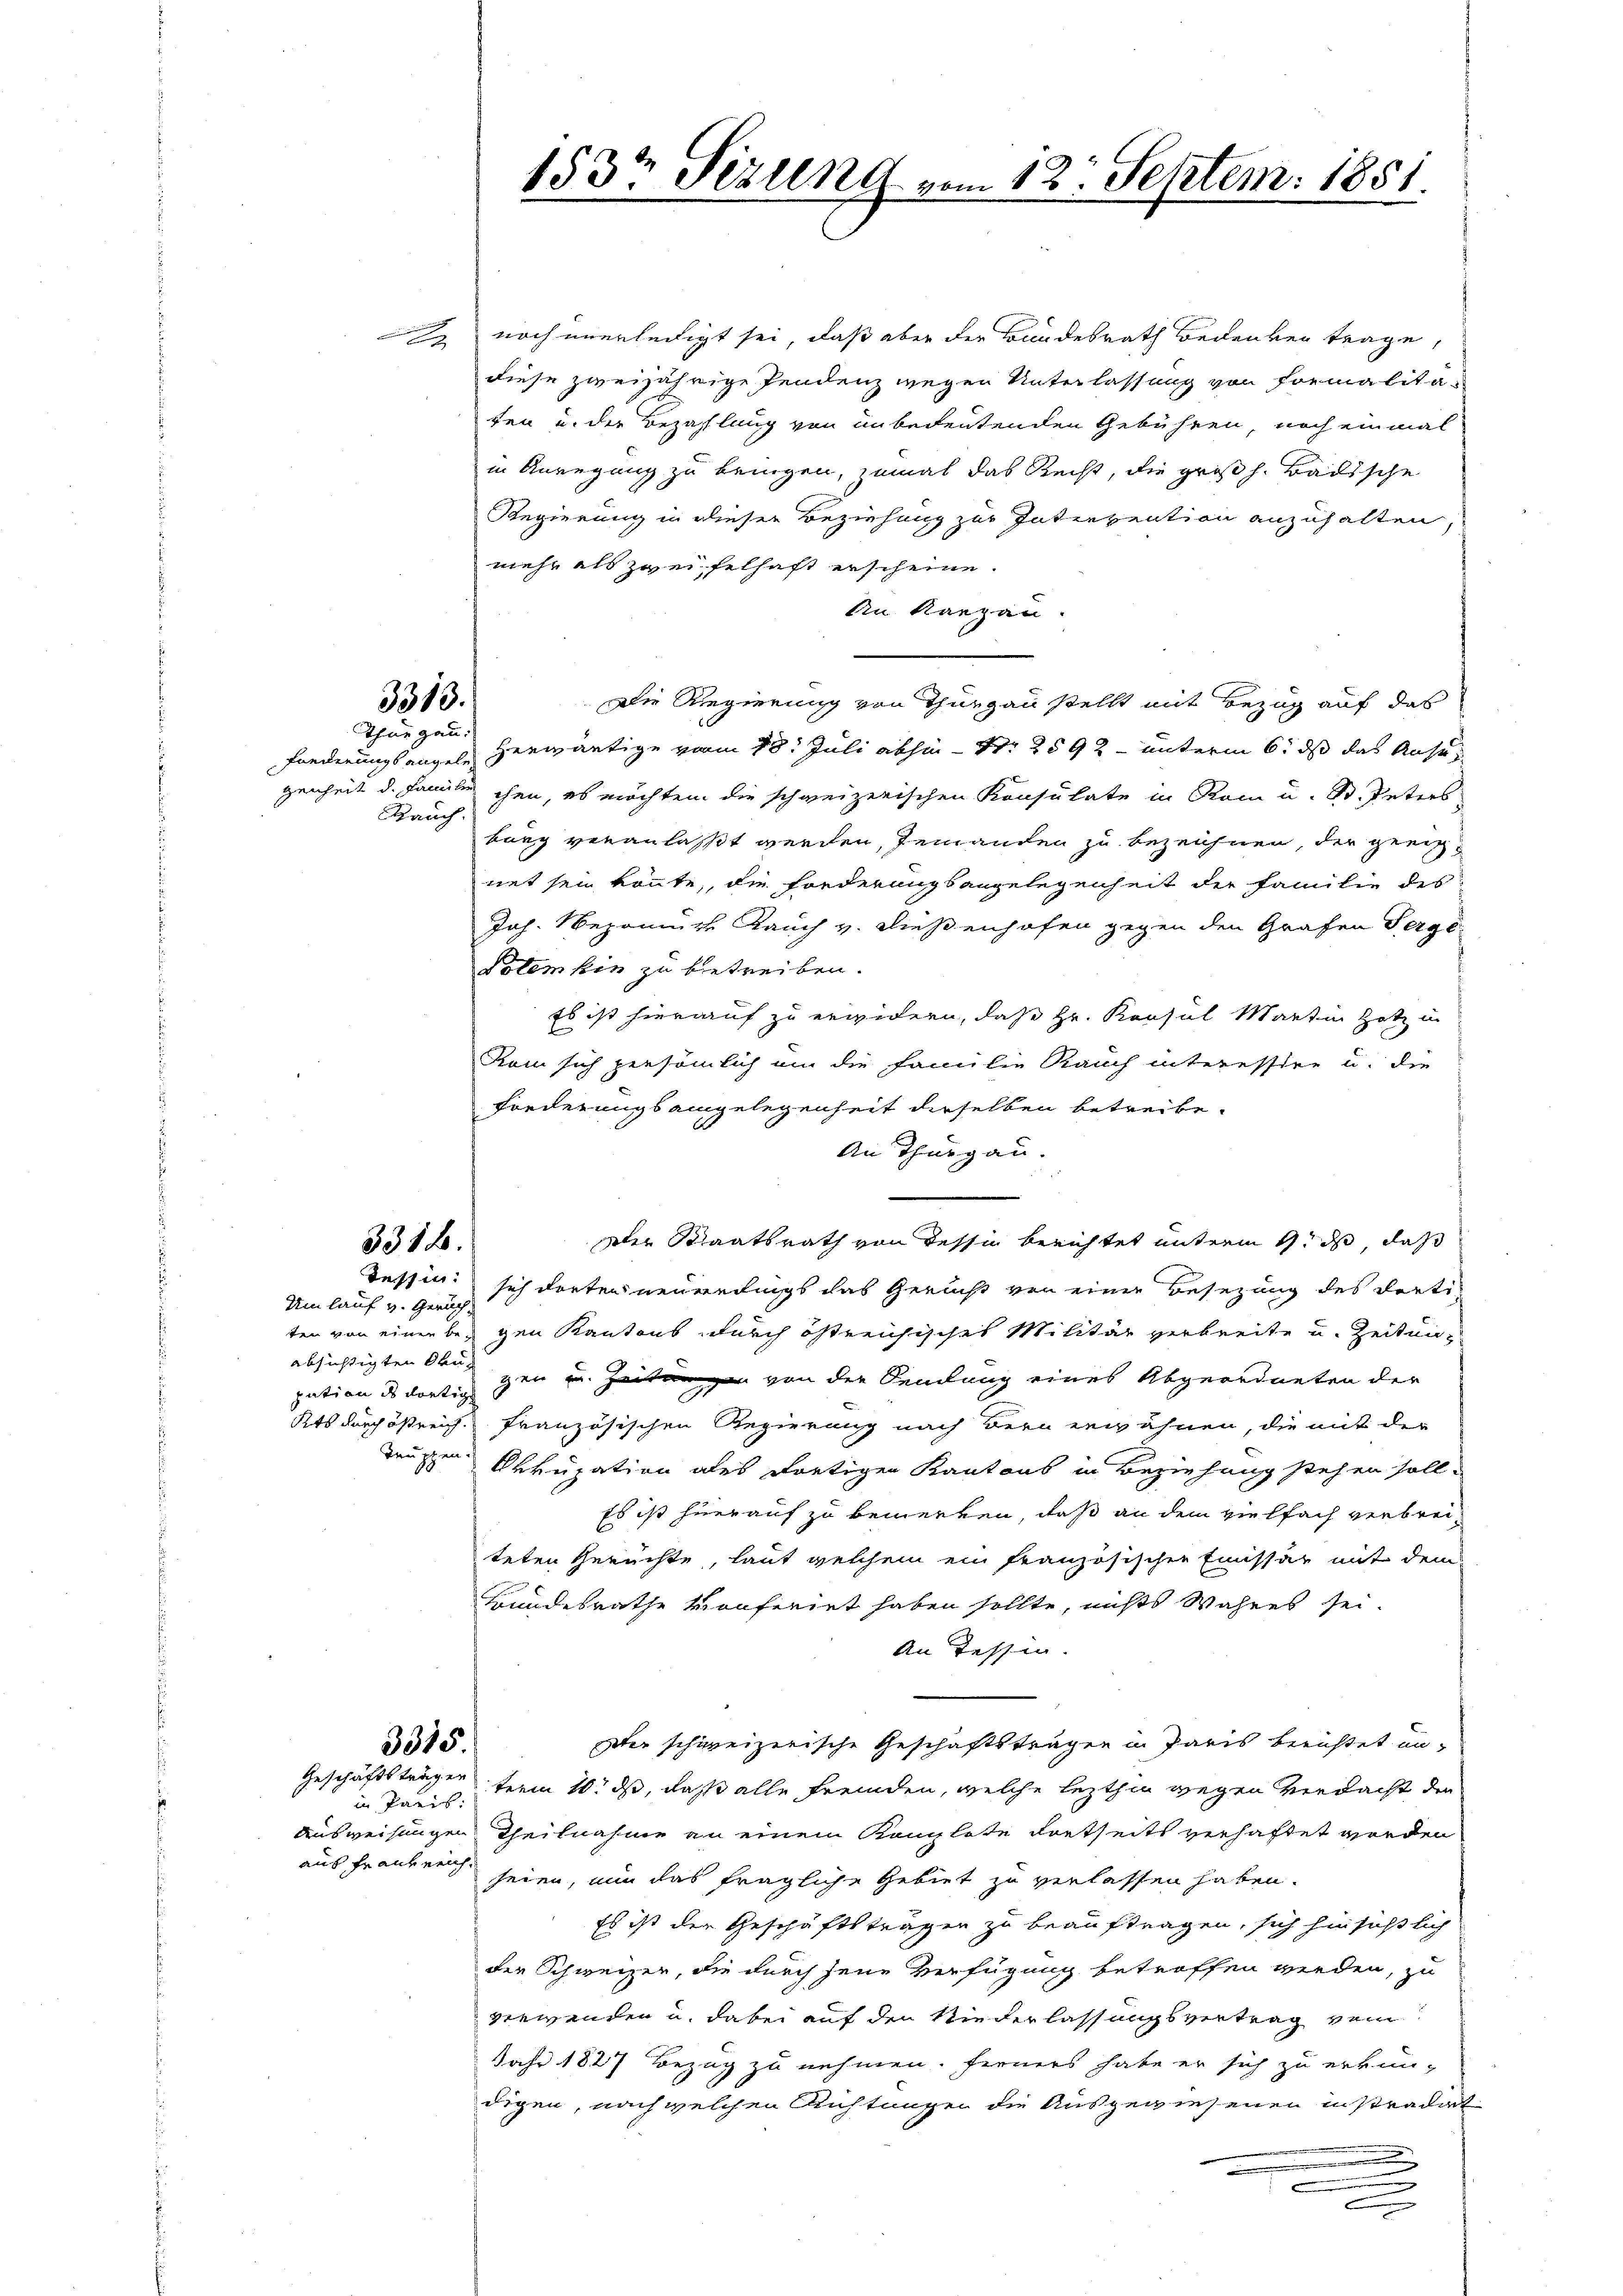
Rauch

3318.
Umlauf v. Geruch.

3313.
Thurgau.

absichtigten Drupation des dortig

in Preis:
aus Frankreich¬

noch unerleidigt sei, daß aber der Bundesrath Bedenken trage,
diese zweijährige Pendenz wegen Unterlassung von Formalitafen u. der Bezahlung von unbedeutenden Gebühren, noch einmal
in Anregung zu bringen, zumal das Recht, die großh. Badische
Regierung in dieser Beziehung zur Intervention anzuhalten,
mehr als zweifelhaft erscheine.
An Kanzen.
Die Regierung von Thurgau stellt mit Bezug auf das
Fonderungsangeln herwärtige vom 18. Juli abhin – Nr. 2592 unterm 6. ds das Ansugenheit d. Familie ehen, es möchten die schweizerischen Konsulate in Rom u. B. Peters
burg veranlasst werden, jemanden zu bezeichnen, der geeignet sein könnte, die Forderungsangelegenheit der Familie des
Jah. Nepomus Rauch v. Dießenhofen gegen den Grafen Perge¬
Potem hin zu betreiben.
Es ist hierauf zu erwidern, daß Hr. Konsul Martin Hotz in
Kam sich persönlich um die Familie Rauch interessire u. die
Forderungsangelegenheit derselben betreibe¬
An Thurgau.
Der Staatsrath von Tessin berichtet unterm 9. ds, daß
Tessin sich dorten neuerdings das Gericht von einer Besezung des dorti-
ten von einen beigen Kantons durch östreichisches Militär verbreite u. Zeitung
gen u. Zeiten von der Sendung eines Abgeordneten der
Kts durch östreich französischen Regierung nach Bern erwähnen, die mit der
zeugen Okkupation des dortigen Kantons in Beziehung stehen soll.
Es ist hierauf zu bemerken, daß an dem vielfach verbreiteten Gerichte, laut welchem ein französischen Emissär mit dem
Kundesrathe vonferiet haben sollte, nichts Wahres sei.
An Tessin.
Der schweizerische Geschäftsträgen in Paris berichtet un¬
3315.
Geschäftsträger term 10. ds, daß alle fremden, welche lezthin wegen Verdacht der
Ausweisungen Theilnahme an einem Konglote dortseits verhaftet worden
seien, nun das fragliche Gebiet zu verlassen haben.
Es ist der Geschäftsträgen zu beauftragen, sich hinsichtlich
der Schweizer, die durch jene Verfügung betroffen werden, zu
verwenden u. dabei auf den Niederlassungsvertrag vom
Jahr 1827 Bezug zu nehmen. Ferners habe er sich zu erkundigen, nach welchen Richtungen die Ausgewiesenen in stradirt
n
.

153t Fezung vom 12. Septem. 1881.